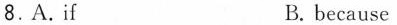
8.A. if B. because